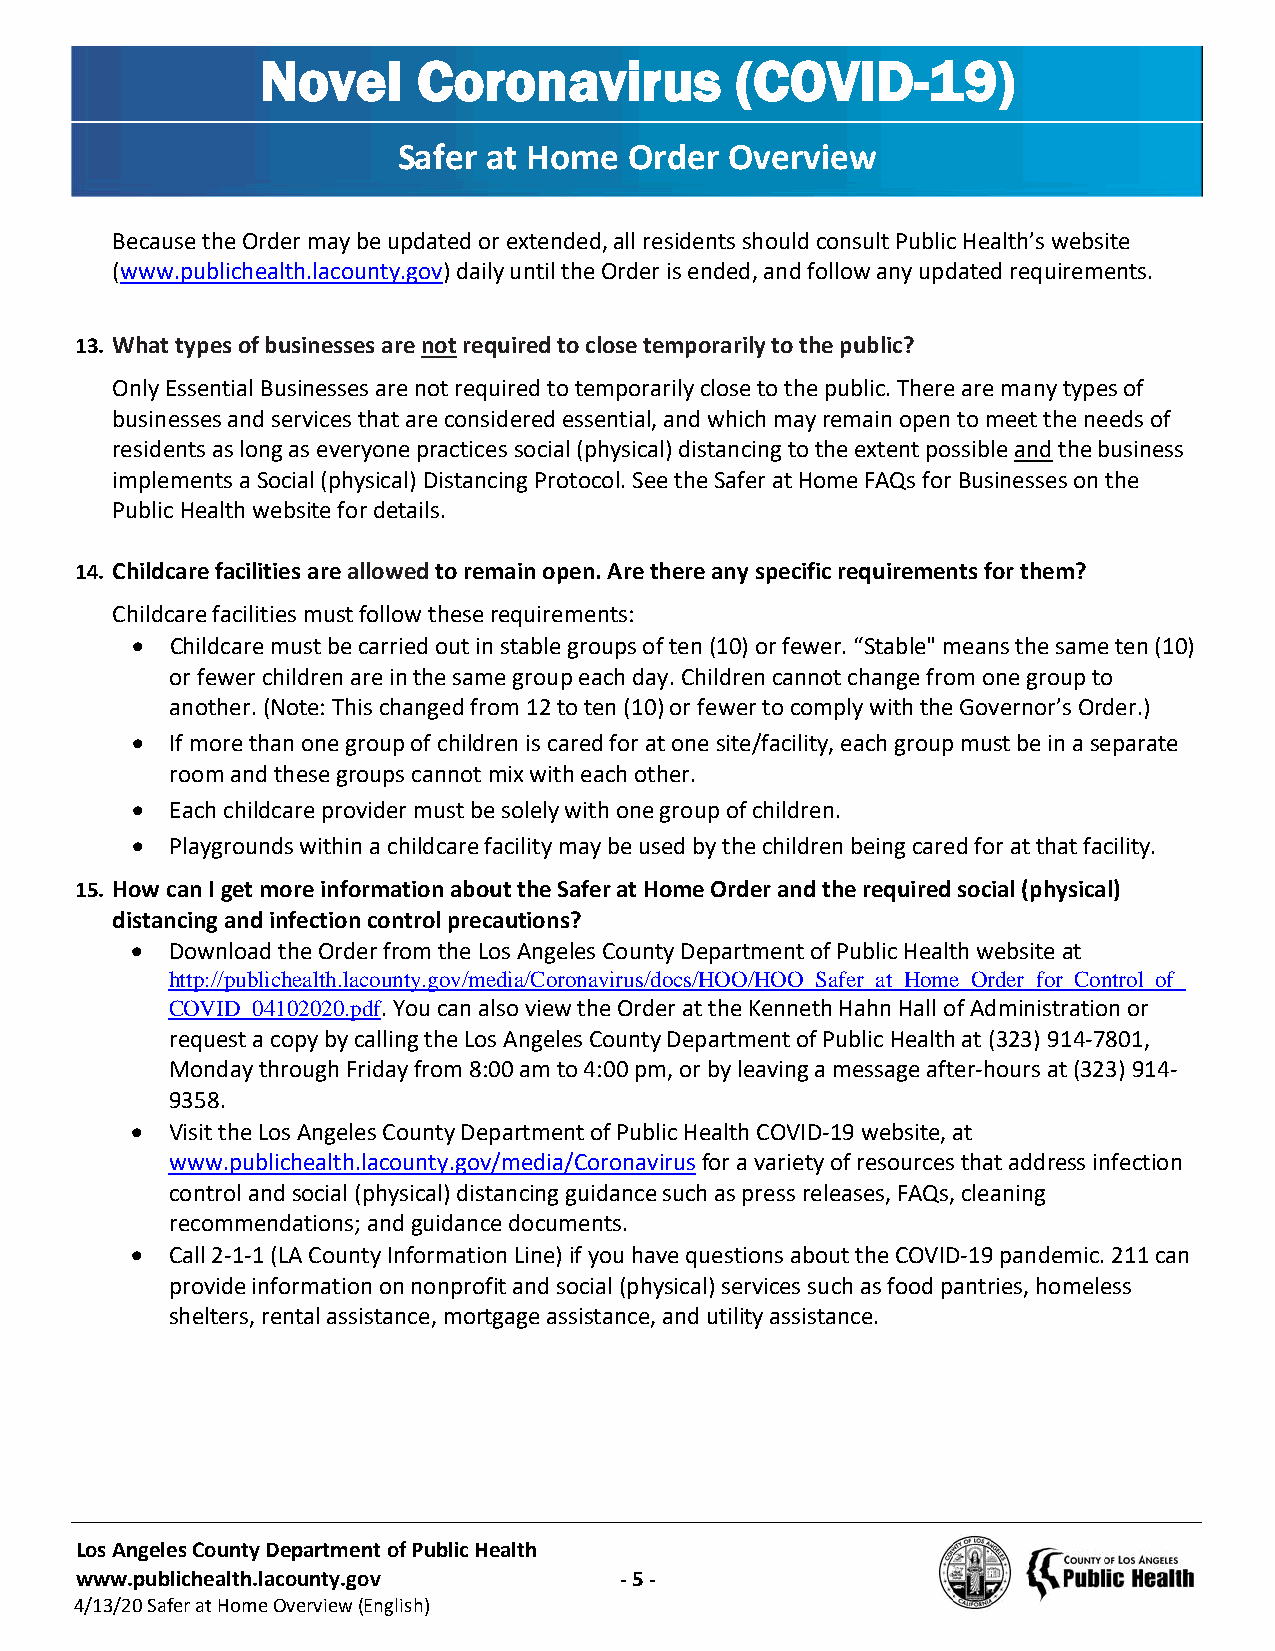
Novel      Coronavirus          (COVID-19)
 Safer at Home   Order Overview
 Because the Order may be updated or extended, all residents should consult Public Health’s website
 (www.publichealth.lacounty.gov) daily until the Order is ended, and follow any updated requirements.
 13. What types of businesses are not required to close temporarily to the public?
 Only Essential Businesses are not required to temporarily close to the public. There are many types of
 businesses and services that are considered essential, and which may remain open to meet the needs of
 residents as long as everyone practices social (physical) distancing to the extent possible and the business
 implements a Social (physical) Distancing Protocol. See the Safer at Home FAQs for Businesses on the
 Public Health website for details.
 14. Childcare facilities are allowed to remain open. Are there any specific requirements for them?
 Childcare facilities must follow these requirements:
 • Childcare must be carried out in stable groups of ten (10) or fewer. “Stable" means the same ten (10)
 or fewer children are in the same group each day. Children cannot change from one group to
 another. (Note: This changed from 12 to ten (10) or fewer to comply with the Governor’s Order.)
 • If more than one group of children is cared for at one site/facility, each group must be in a separate
 room and these groups cannot mix with each other.
 • Each childcare provider must be solely with one group of children.
 • Playgrounds within a childcare facility may be used by the children being cared for at that facility.
 15. How can I get more information about the Safer at Home Order and the required social (physical)
 distancing and infection control precautions?
 • Download the Order from the Los Angeles County Department of Public Health website at
 http://publichealth.lacounty.gov/media/Coronavirus/docs/HOO/HOO_Safer_at_Home_Order_for_Control_of_
 COVID_04102020.pdf. You can also view the Order at the Kenneth Hahn Hall of Administration or
 request a copy by calling the Los Angeles County Department of Public Health at (323) 914-7801,
 Monday through Friday from 8:00 am to 4:00 pm, or by leaving a message after-hours at (323) 914-
 9358.
 • Visit the Los Angeles County Department of Public Health COVID-19 website, at
 www.publichealth.lacounty.gov/media/Coronavirus for a variety of resources that address infection
 control and social (physical) distancing guidance such as press releases, FAQs, cleaning
 recommendations; and guidance documents.
 • Call 2-1-1 (LA County Information Line) if you have questions about the COVID-19 pandemic. 211 can
 provide information on nonprofit and social (physical) services such as food pantries, homeless
 shelters, rental assistance, mortgage assistance, and utility assistance.
 Los Angeles County Department of Public Health
 www.publichealth.lacounty.gov       - 5 -
 4/13/20 Safer at Home Overview (English)